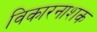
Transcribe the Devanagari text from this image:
विकारनाशक